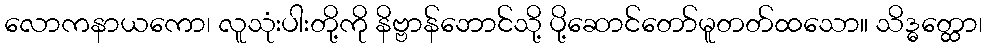
လောကနာယကော၊ လူသုံးပါးတို့ကို နိဗ္ဗာန်ဘောင်သို့ ပို့ဆောင်တော်မူတတ်ထသော။ သိဒ္ဓတ္ထော၊